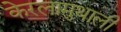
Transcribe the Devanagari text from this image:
केरलामुथाली